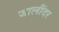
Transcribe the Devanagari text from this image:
जालींदर